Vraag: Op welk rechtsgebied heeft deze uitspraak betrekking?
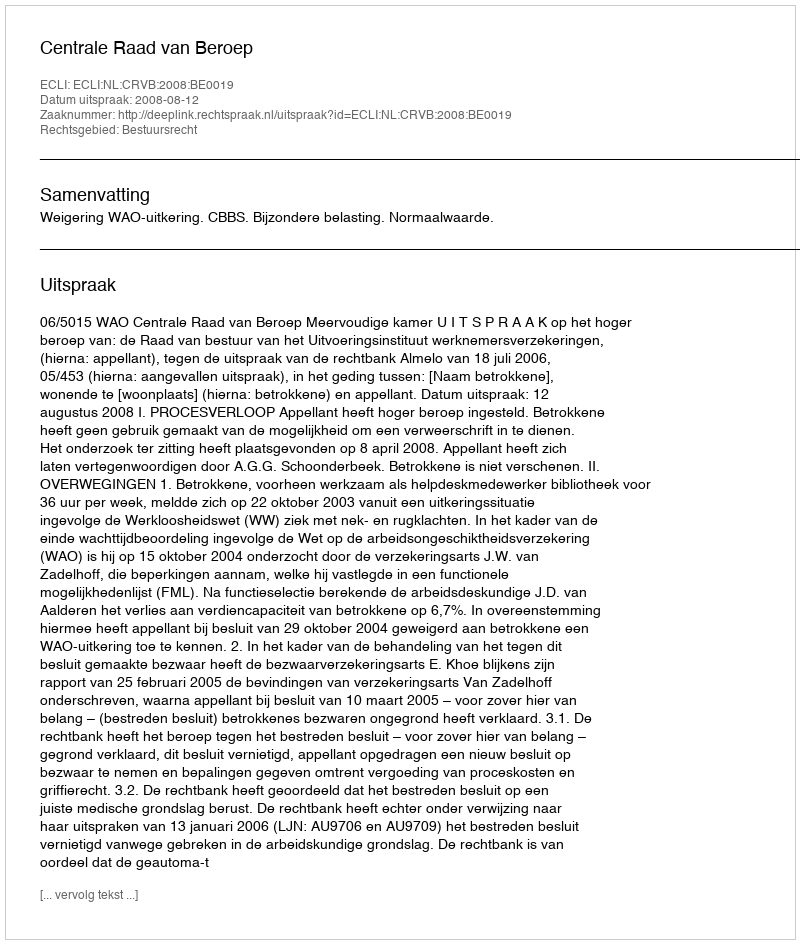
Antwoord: Bestuursrecht